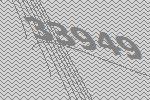
33949